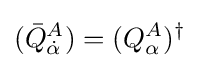
({\bar {Q}}_{\dot {\alpha }}^{A})=(Q_{\alpha }^{A})^{\dagger }